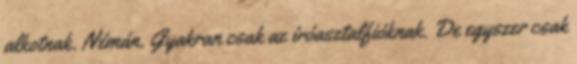
alkotnak. Némán. Gyakran csak az íróasztalfióknak. De egyszer csak